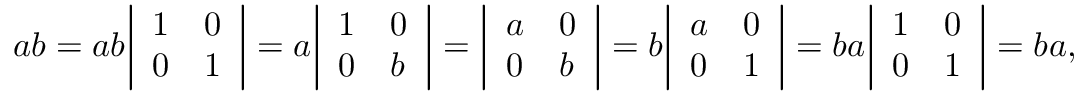
a b = a b { \left| \begin{array} { l l } { 1 } & { 0 } \\ { 0 } & { 1 } \end{array} \right| } = a { \left| \begin{array} { l l } { 1 } & { 0 } \\ { 0 } & { b } \end{array} \right| } = { \left| \begin{array} { l l } { a } & { 0 } \\ { 0 } & { b } \end{array} \right| } = b { \left| \begin{array} { l l } { a } & { 0 } \\ { 0 } & { 1 } \end{array} \right| } = b a { \left| \begin{array} { l l } { 1 } & { 0 } \\ { 0 } & { 1 } \end{array} \right| } = b a ,